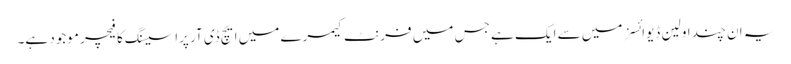
یہ ان چند اولین ڈیوائسز میں سے ایک ہے جس میں فرنٹ کیمرے میں ایچ ڈی آر پراسیسنگ کا فیچر موجود ہے۔